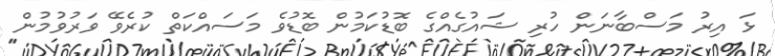
ޅަ އިރު މަސްބާނަން ހުރި ޝައުގެއްގެ ބޮޑުކަމުން ބޮޑުވެ މަސައްކަތް ކުރެވޭ ވަރުވުމުން